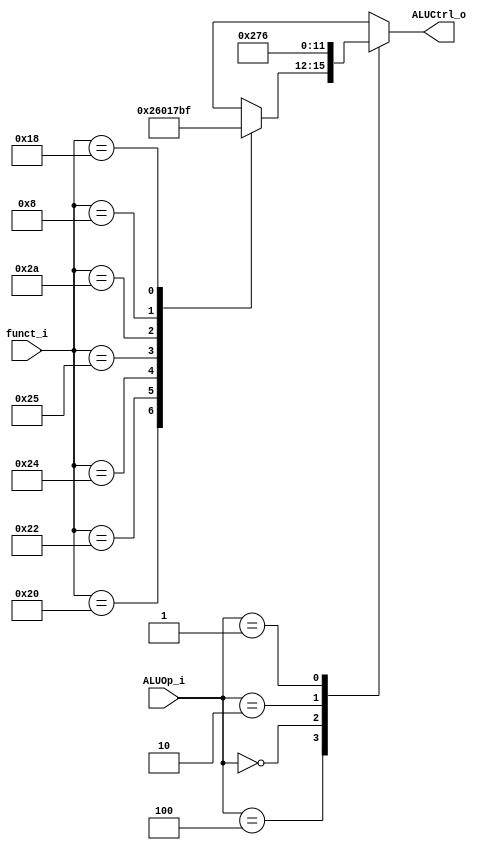
//0516094 0516077
//Subject:     CO project 2 - ALU Controller
//--------------------------------------------------------------------------------
//Version:     1
//--------------------------------------------------------------------------------
//Writer:      
//----------------------------------------------
//Date:        
//----------------------------------------------
//Description: 
//--------------------------------------------------------------------------------

module ALU_Ctrl(
          funct_i,
          ALUOp_i,
          ALUCtrl_o
          );
          
//I/O ports 
input      [6-1:0] funct_i;
input      [3-1:0] ALUOp_i;

output     [4-1:0] ALUCtrl_o;    
     
//Internal Signals
reg        [4-1:0] ALUCtrl_o;

//Parameter

       
//Select exact operation
always@(*) begin
    case(ALUOp_i)
        3'b100:begin
            case(funct_i)
                6'b100000:begin//32 add
                    ALUCtrl_o <= 4'b0010;
                end
                6'b100010:begin//34 sub
                    ALUCtrl_o <= 4'b0110;
                end
                6'b100100:begin//36 and
                    ALUCtrl_o <= 4'b0000;
                end             
                6'b100101:begin//37 or
                    ALUCtrl_o <= 4'b0001;
                end
                6'b101010:begin//42 slt
                    ALUCtrl_o <= 4'b0111;
                end
                6'b001000:begin//   jr
                    ALUCtrl_o <= 4'b1011;
                end
		6'b011000:begin//24 mul
		    ALUCtrl_o <= 4'b1111;
		end
                default: ALUCtrl_o <= 4'bxxxx;
            endcase
        end

        3'b000:begin //addi
            ALUCtrl_o <= 4'b0010;
        end

        3'b010:begin //slti
            ALUCtrl_o <= 4'b0111;
        end

        3'b001:begin //beq
            ALUCtrl_o <= 4'b0110;
        end
        default: ALUCtrl_o <= 4'bxxxx;
    endcase
end

endmodule